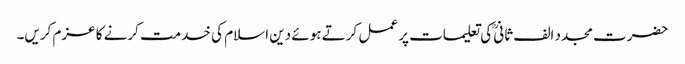
حضرت مجدد الف ثانیؒ کی تعلیمات پر عمل کرتے ہوئے دین اسلام کی خدمت کرنے کا عزم کریں۔